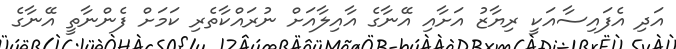
އަދި އެފައިސާއަކީ ރިޔާޒު އަށާއި އޭނާގެ އާއިލާއަށް ނުރައްކާތެރި ކަމަށް ފެންނާތީ އޭނާގެ